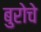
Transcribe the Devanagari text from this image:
बुरोचे